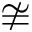
\ncong